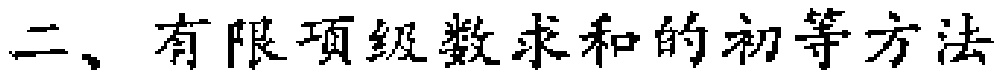
二、有限项级数求和的初等方法